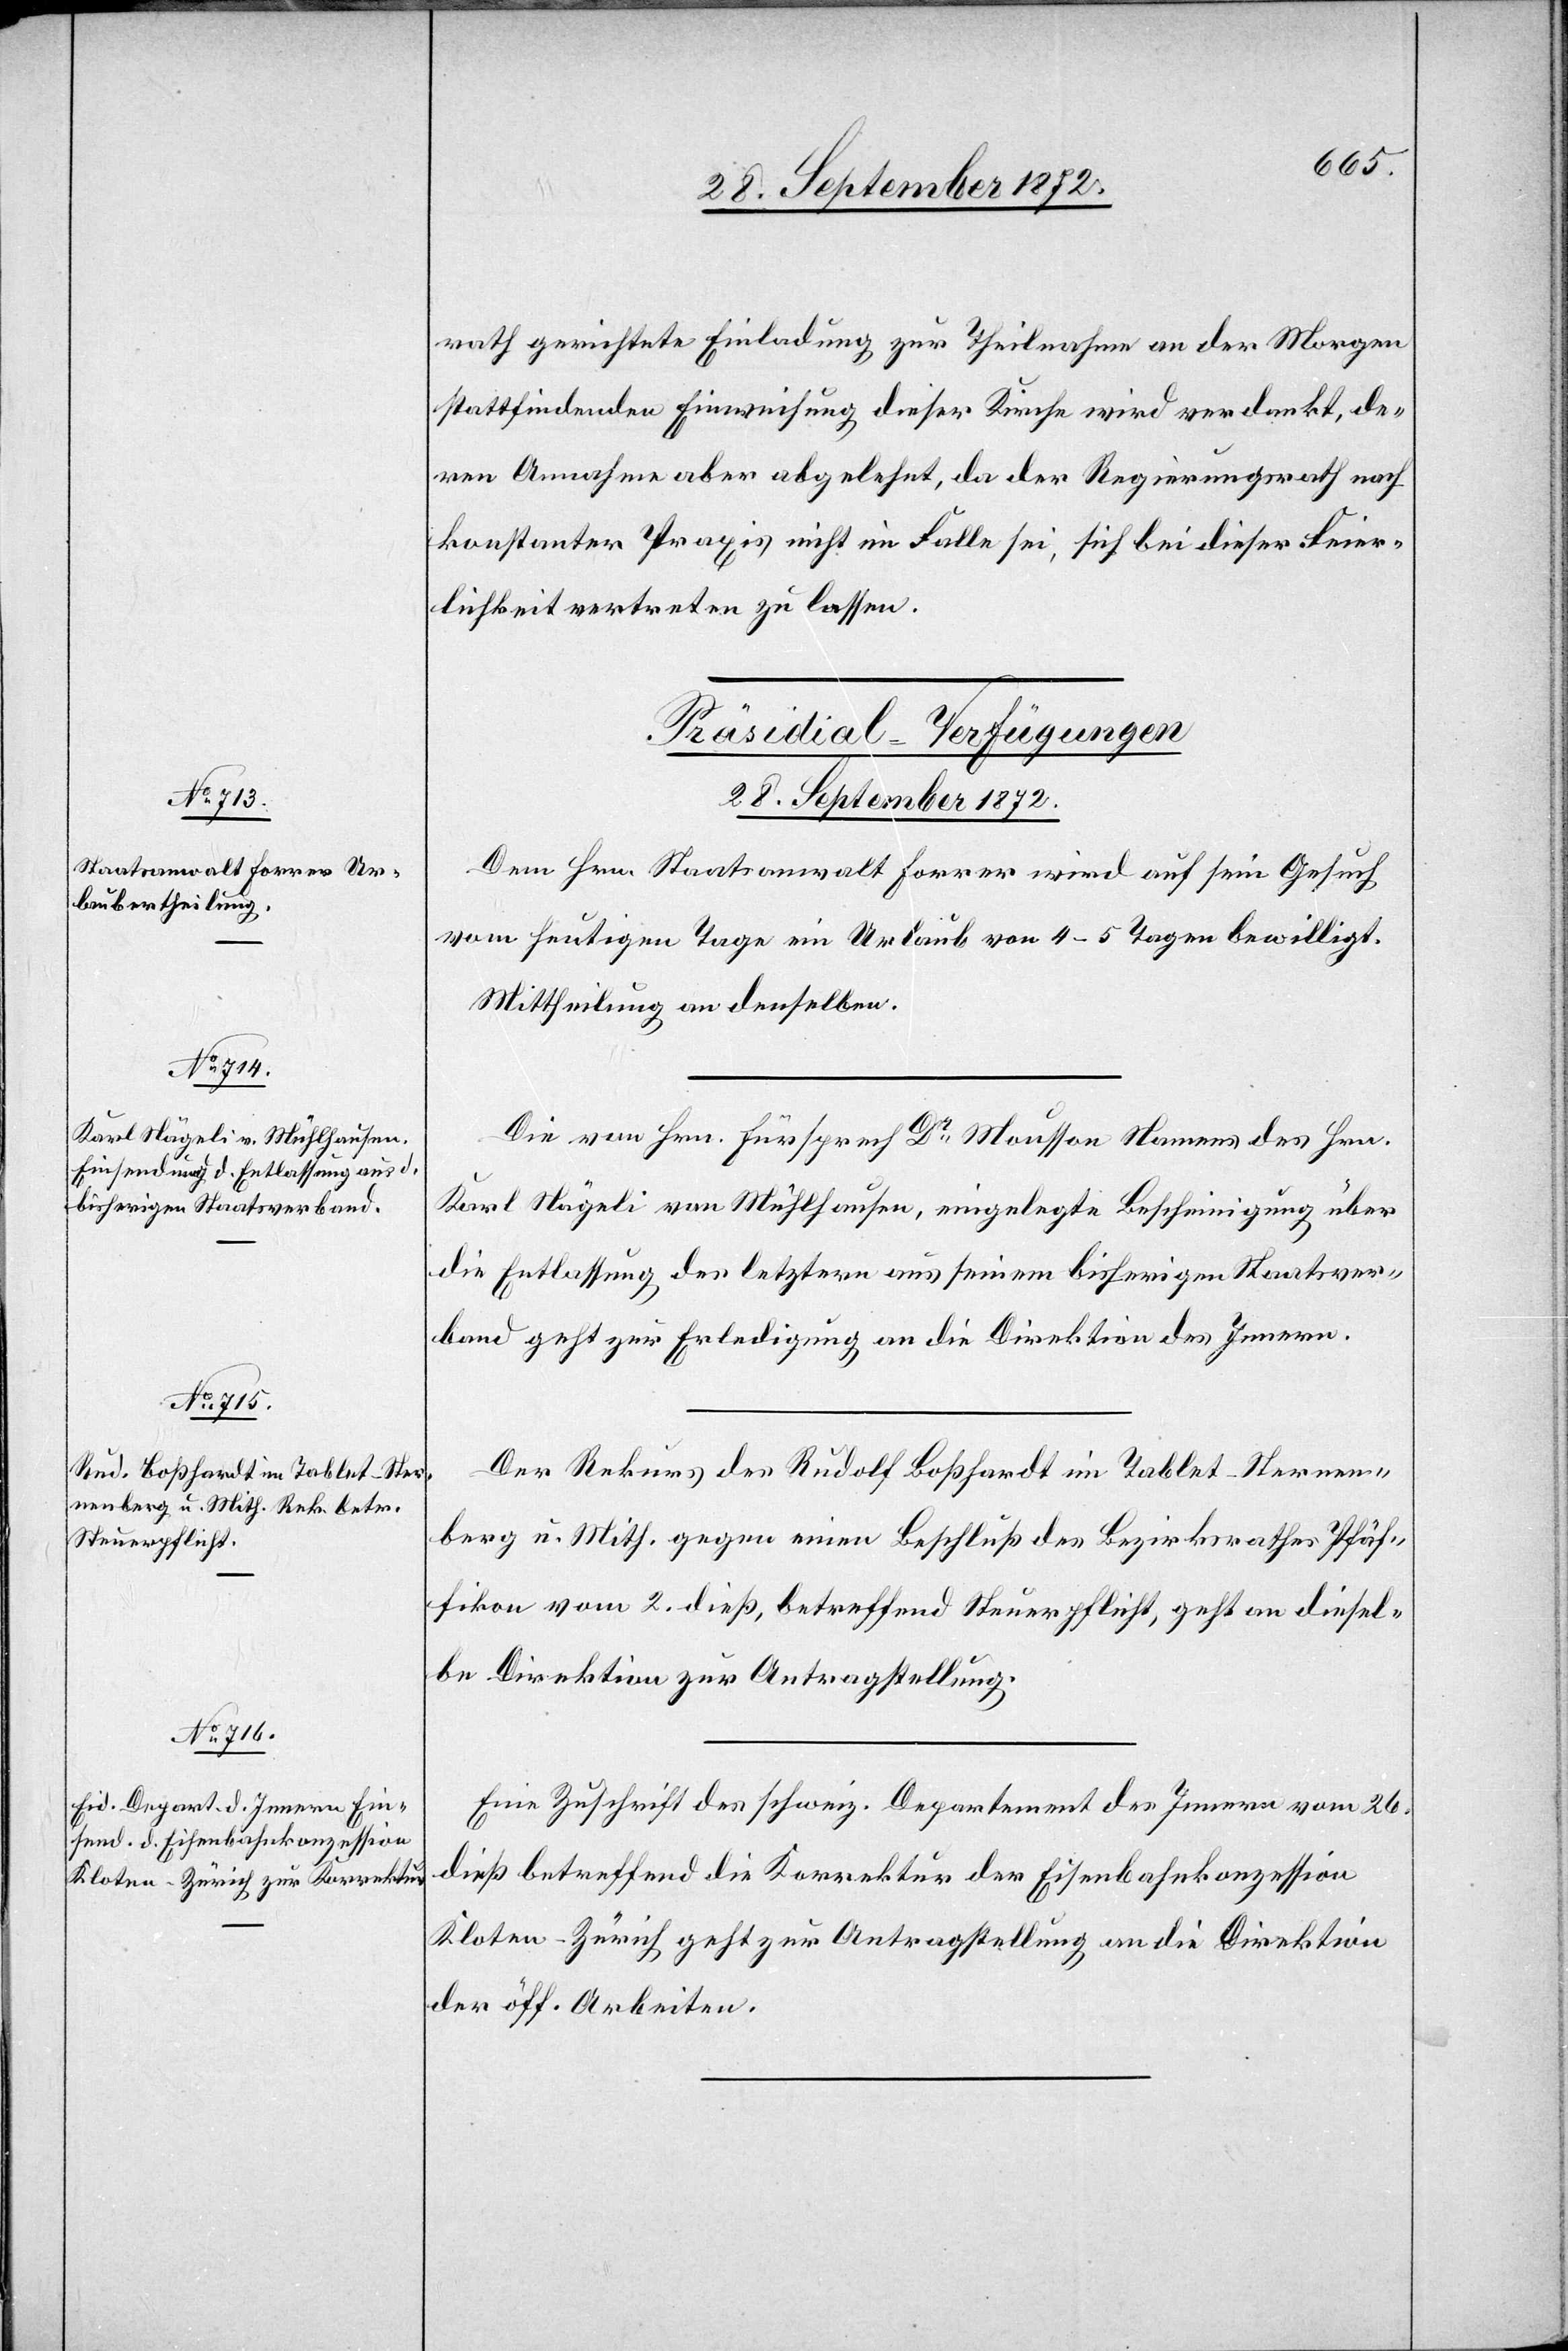
28. September 1872.]
rath gerichtete Einladung zur Theilnahme an der Morgen
stattfindenden Einweihung dieser Kirche wird verdankt, de¬
ren Annahme aber abgelehnt, da der Regierungsrath nach
konstanter Praxis nicht im Falle sei, sich bei dieser Feier¬
lichkeit vertreten zu lassen.
[Präsidial-Verfügungen
Dem Hrn. Staatsanwalt Forrer wird auf sein Gesuch
vom heutigen Tage ein Urlaub von 4–5 Tagen bewilligt.
Mittheilung an denselben.
Die von Hrn. Fürsprech Dr Mousson Namens des Hrn.
Karl Nägeli von Mühlhausen, eingelegte Bescheinigung über
die Entlassung des letztern aus seinem bisherigen Staatsver¬
band geht zur Erledigung an die Direktion des Innern.
Der Rekurs des Rudolf Boßhardt im Tablet-Sternen¬
berg u. Mith. gegen einen Beschluß des Bezirksrathes Pfäf¬
fikon vom 2. dieß, betreffend Steuerpflicht, geht an diesel¬
be Direktion zur Antragstellung.
Eine Zuschrift des schweiz. Departement des Innern vom 26.
dieß betreffend die Korrektion der Eisenbahnkonzession
Kloten–Zürich geht zur Antragstellung an die Direktion
der öff. Arbeiten.